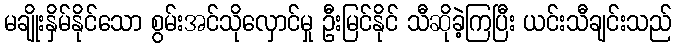
မချိုးနှိမ်နိုင်သော စွမ်းအင်သိုလှောင်မှု ဦးမြင်နိုင် သီဆိုခဲ့ကြပြီး ယင်းသီချင်းသည်